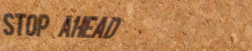
Stop Ahead